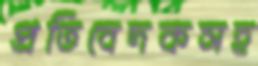
প্রতিবেদকসহ